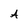
Character: A